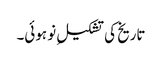
تاریخ کی تشکیلِ نو ہوئی۔